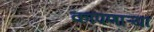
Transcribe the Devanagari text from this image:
कापणाऱ्या